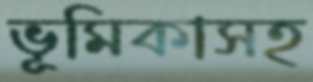
ভূমিকাসহ